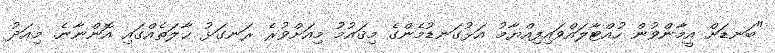
"ބަނޑަށް އީމާންވުން ހުއްޓާލައްވައިފިއްޔާމު އަޅުގަނޑުމެންގެ މިޤައުމު މިއަށްވުރެ ރަނގަޅު ޙާލަތެއްގައި އޮންނާނެ. މިއަދު